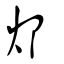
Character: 邩